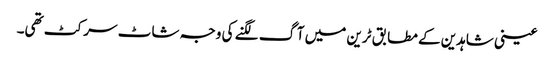
عینی شاہدین کے مطابق ٹرین میں آگ لگنے کی وجہ شاٹ سرکٹ تھی۔